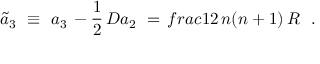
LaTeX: \tilde { a } _ { 3 } \ \equiv \ a _ { 3 } \, - { \frac { 1 } { 2 } } \, D a _ { 2 } \ = \, f r a c { 1 } { 2 } \, n ( n + 1 ) \, { \cal R } \ \ .